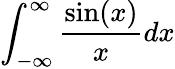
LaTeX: \int_{-\infty}^{\infty}{\frac{\sin(x)}{x}}dx